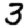
Digit: 3